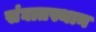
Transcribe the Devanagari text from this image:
संघातस्थान